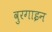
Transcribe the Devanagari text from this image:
वुरगाइन